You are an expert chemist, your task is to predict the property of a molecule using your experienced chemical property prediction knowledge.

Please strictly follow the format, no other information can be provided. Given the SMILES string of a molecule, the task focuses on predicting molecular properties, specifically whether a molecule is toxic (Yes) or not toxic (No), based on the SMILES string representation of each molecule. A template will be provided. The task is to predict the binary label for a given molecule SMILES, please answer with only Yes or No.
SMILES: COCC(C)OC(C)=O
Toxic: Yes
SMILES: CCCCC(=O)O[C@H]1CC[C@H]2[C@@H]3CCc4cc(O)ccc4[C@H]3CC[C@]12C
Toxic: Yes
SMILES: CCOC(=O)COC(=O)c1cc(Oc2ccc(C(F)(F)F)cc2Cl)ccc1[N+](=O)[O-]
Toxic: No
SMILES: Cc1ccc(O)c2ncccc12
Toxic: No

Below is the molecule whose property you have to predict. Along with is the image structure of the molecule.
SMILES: C[C@H]1C[C@H]2[C@@H]3CC[C@](O)(C(=O)CO)[C@@]3(C)C[C@H](O)[C@@H]2[C@@]2(C)C=CC(=O)C=C12
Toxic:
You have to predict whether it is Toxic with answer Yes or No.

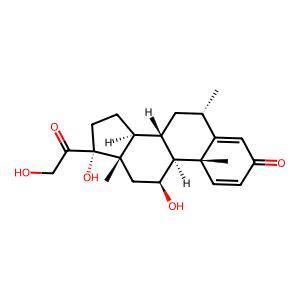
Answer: Yes